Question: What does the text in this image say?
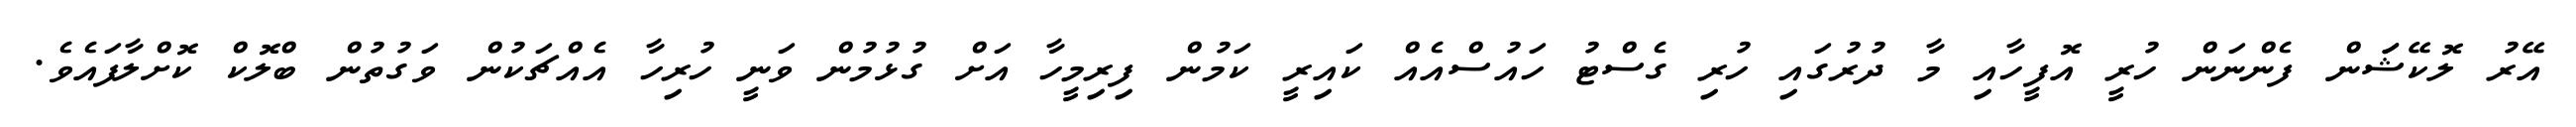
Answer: އޭރު ލޮކޭޝަަން ފެންނަން ހުރީ އޮފީހާއި މާ ދުރުގައި ހުރި ގެސްޓު ހައުސްއެއް ކައިރީ ކަމުން ފިރިމީހާ އަށް ގުޅުމުން ވަނީ ހުރިހާ އެއްޗަކުން ވަގުތުން ބްލޮކް ކޮށްލާފައެވެ.